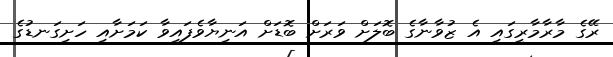
ރޭގެ މާރާމާރީގައި އެ ޒުވާނާގެ ބޮލަށް ވަރަށް ބޮޑަށް އަނިޔާވެފައިވާ ކަމަށާއި ހަށިގަނޑުގެ